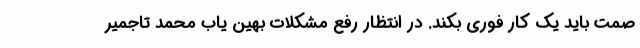
صمت باید یک کار فوری بکند. در انتظار رفع مشکلات بهین یاب محمد تاجمیر